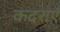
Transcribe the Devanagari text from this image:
कदराएँ